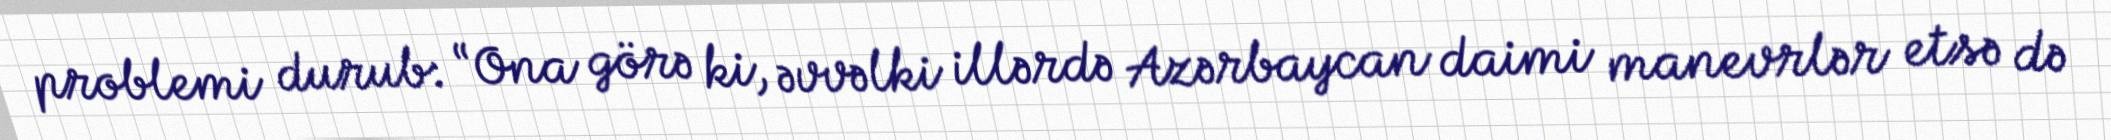
problemi durub: “Ona görə ki, əvvəlki illərdə Azərbaycan daimi manevrlər etsə də